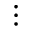
\vdots